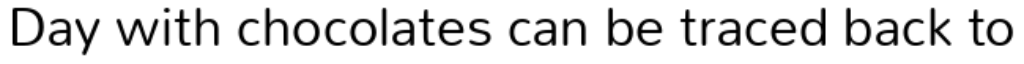
Day with chocolates can be traced back to